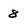
Character: 8